Bréfritari: Gísli Ísleifsson
Viðtakandi: Einar Friðgeirsson
Dagsetning: A-1897-08-17
Skrifað á: Reykjavík  Gull.

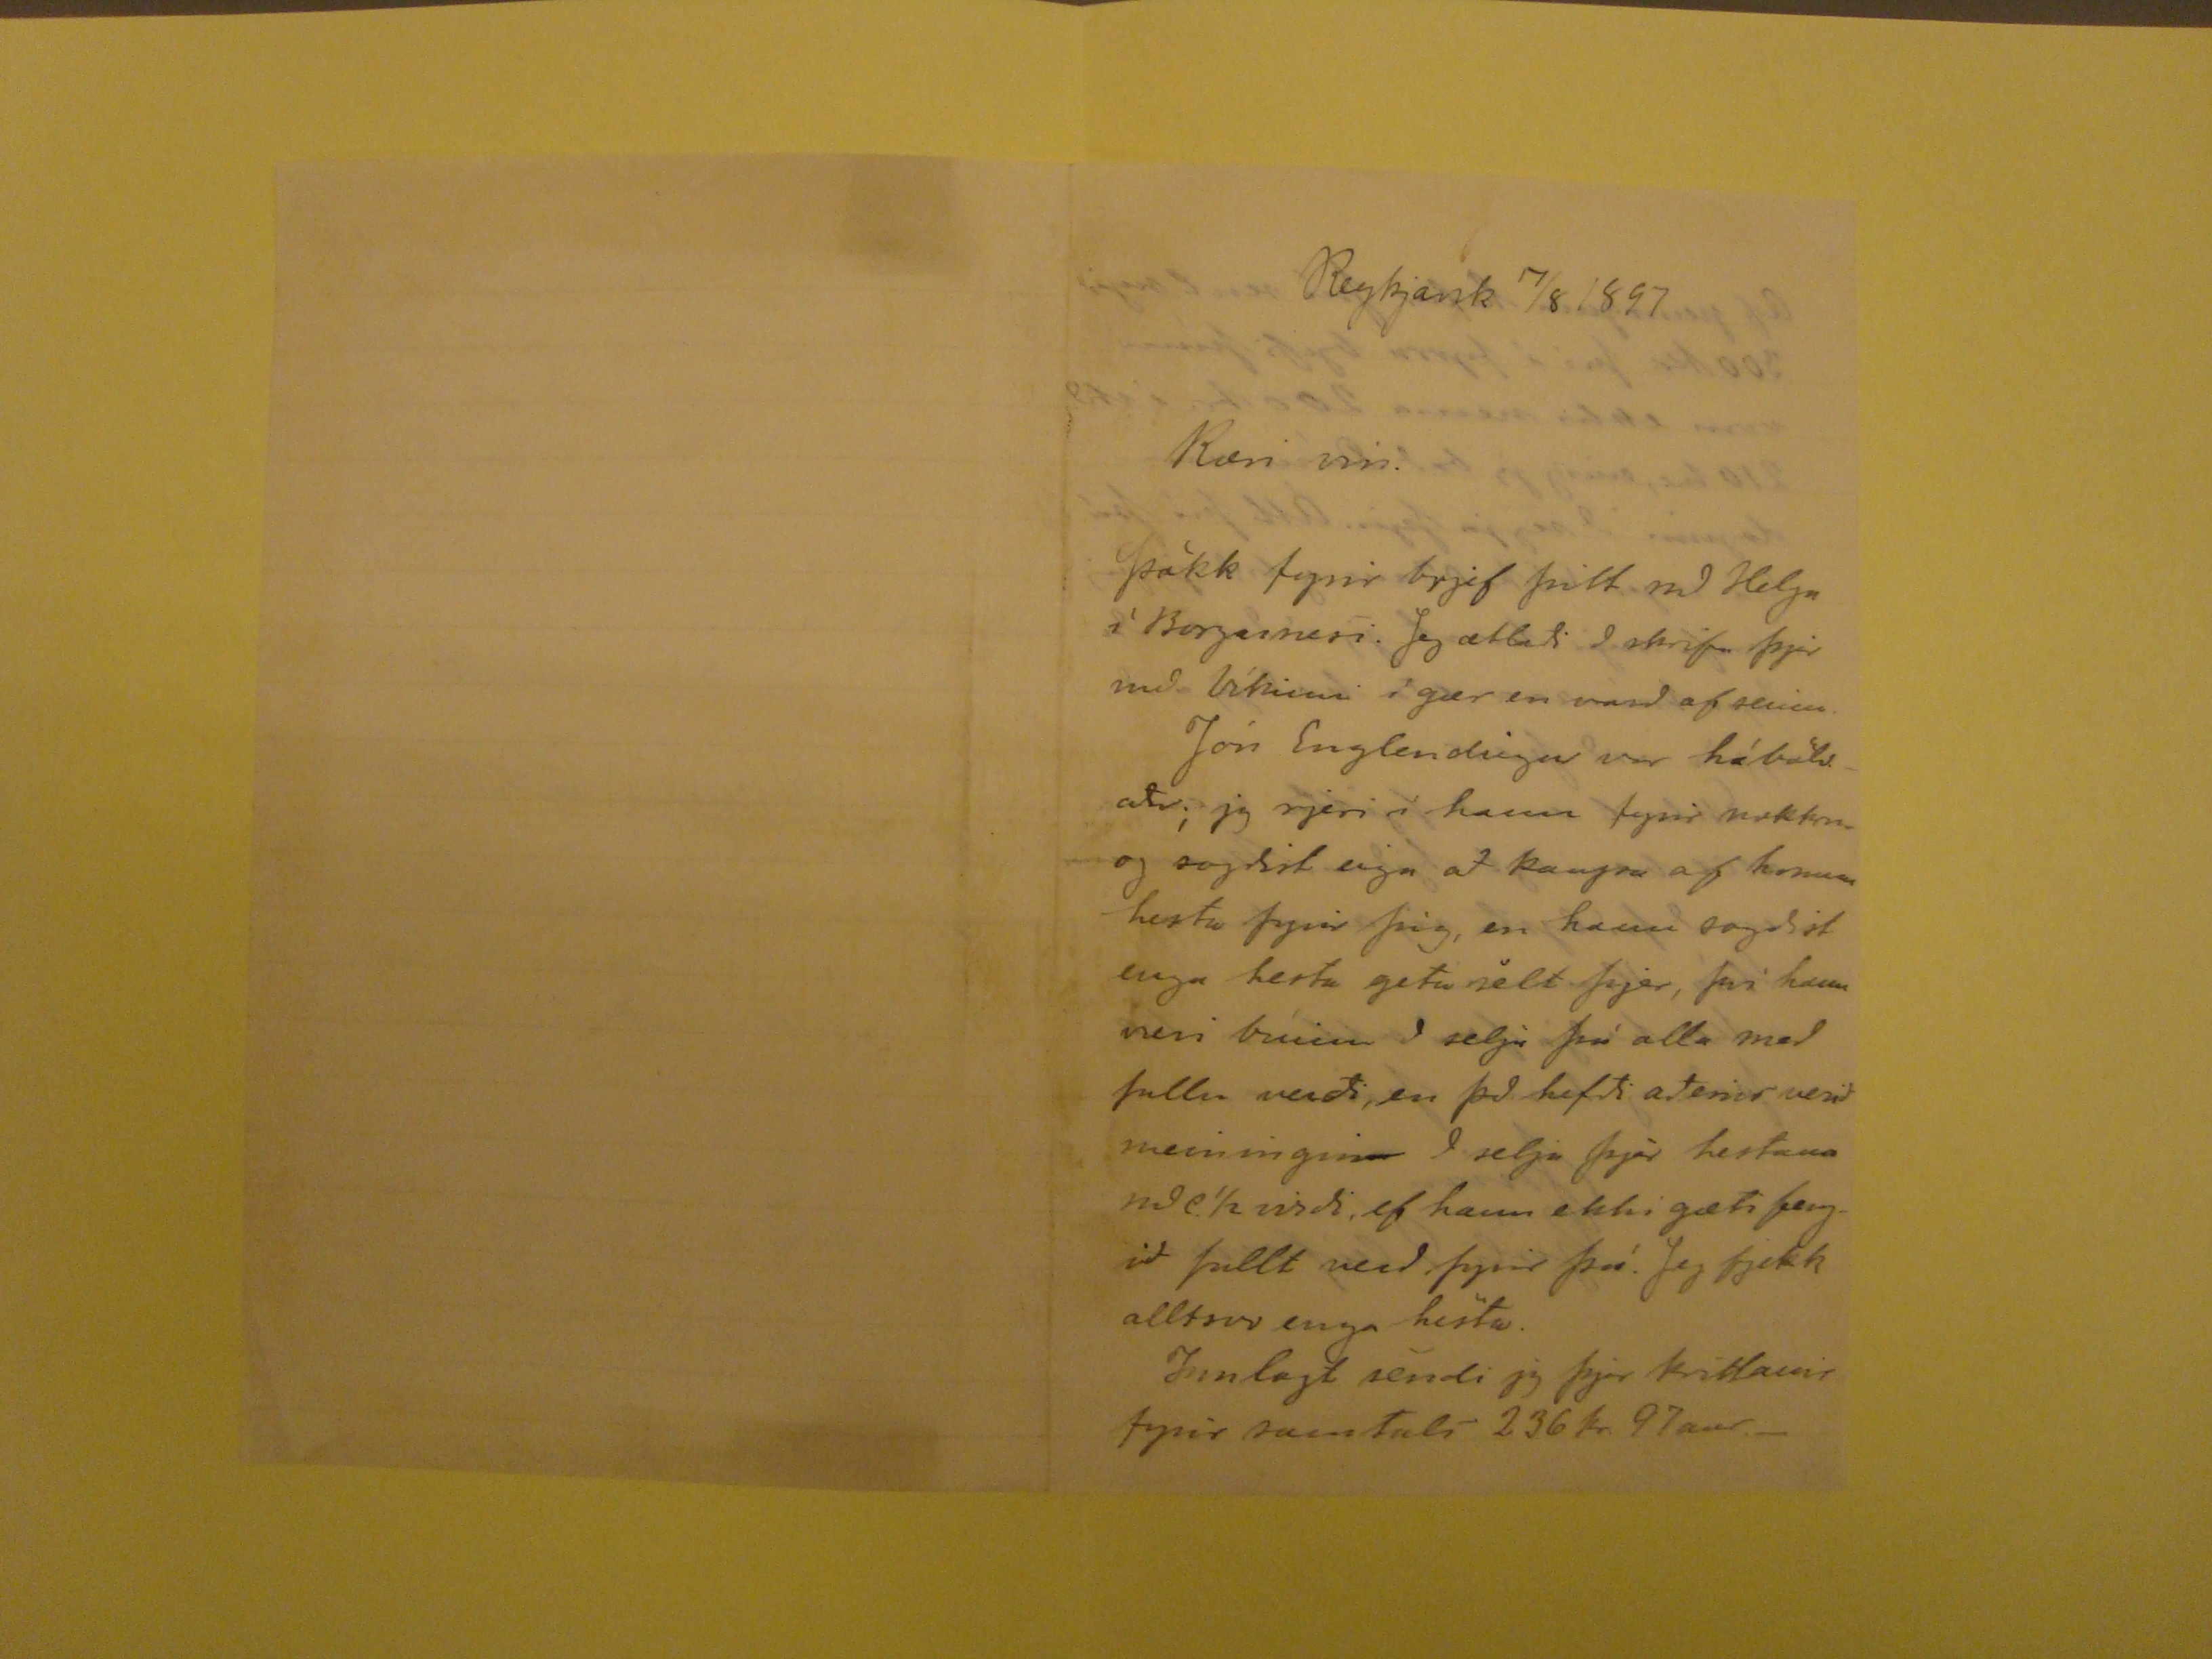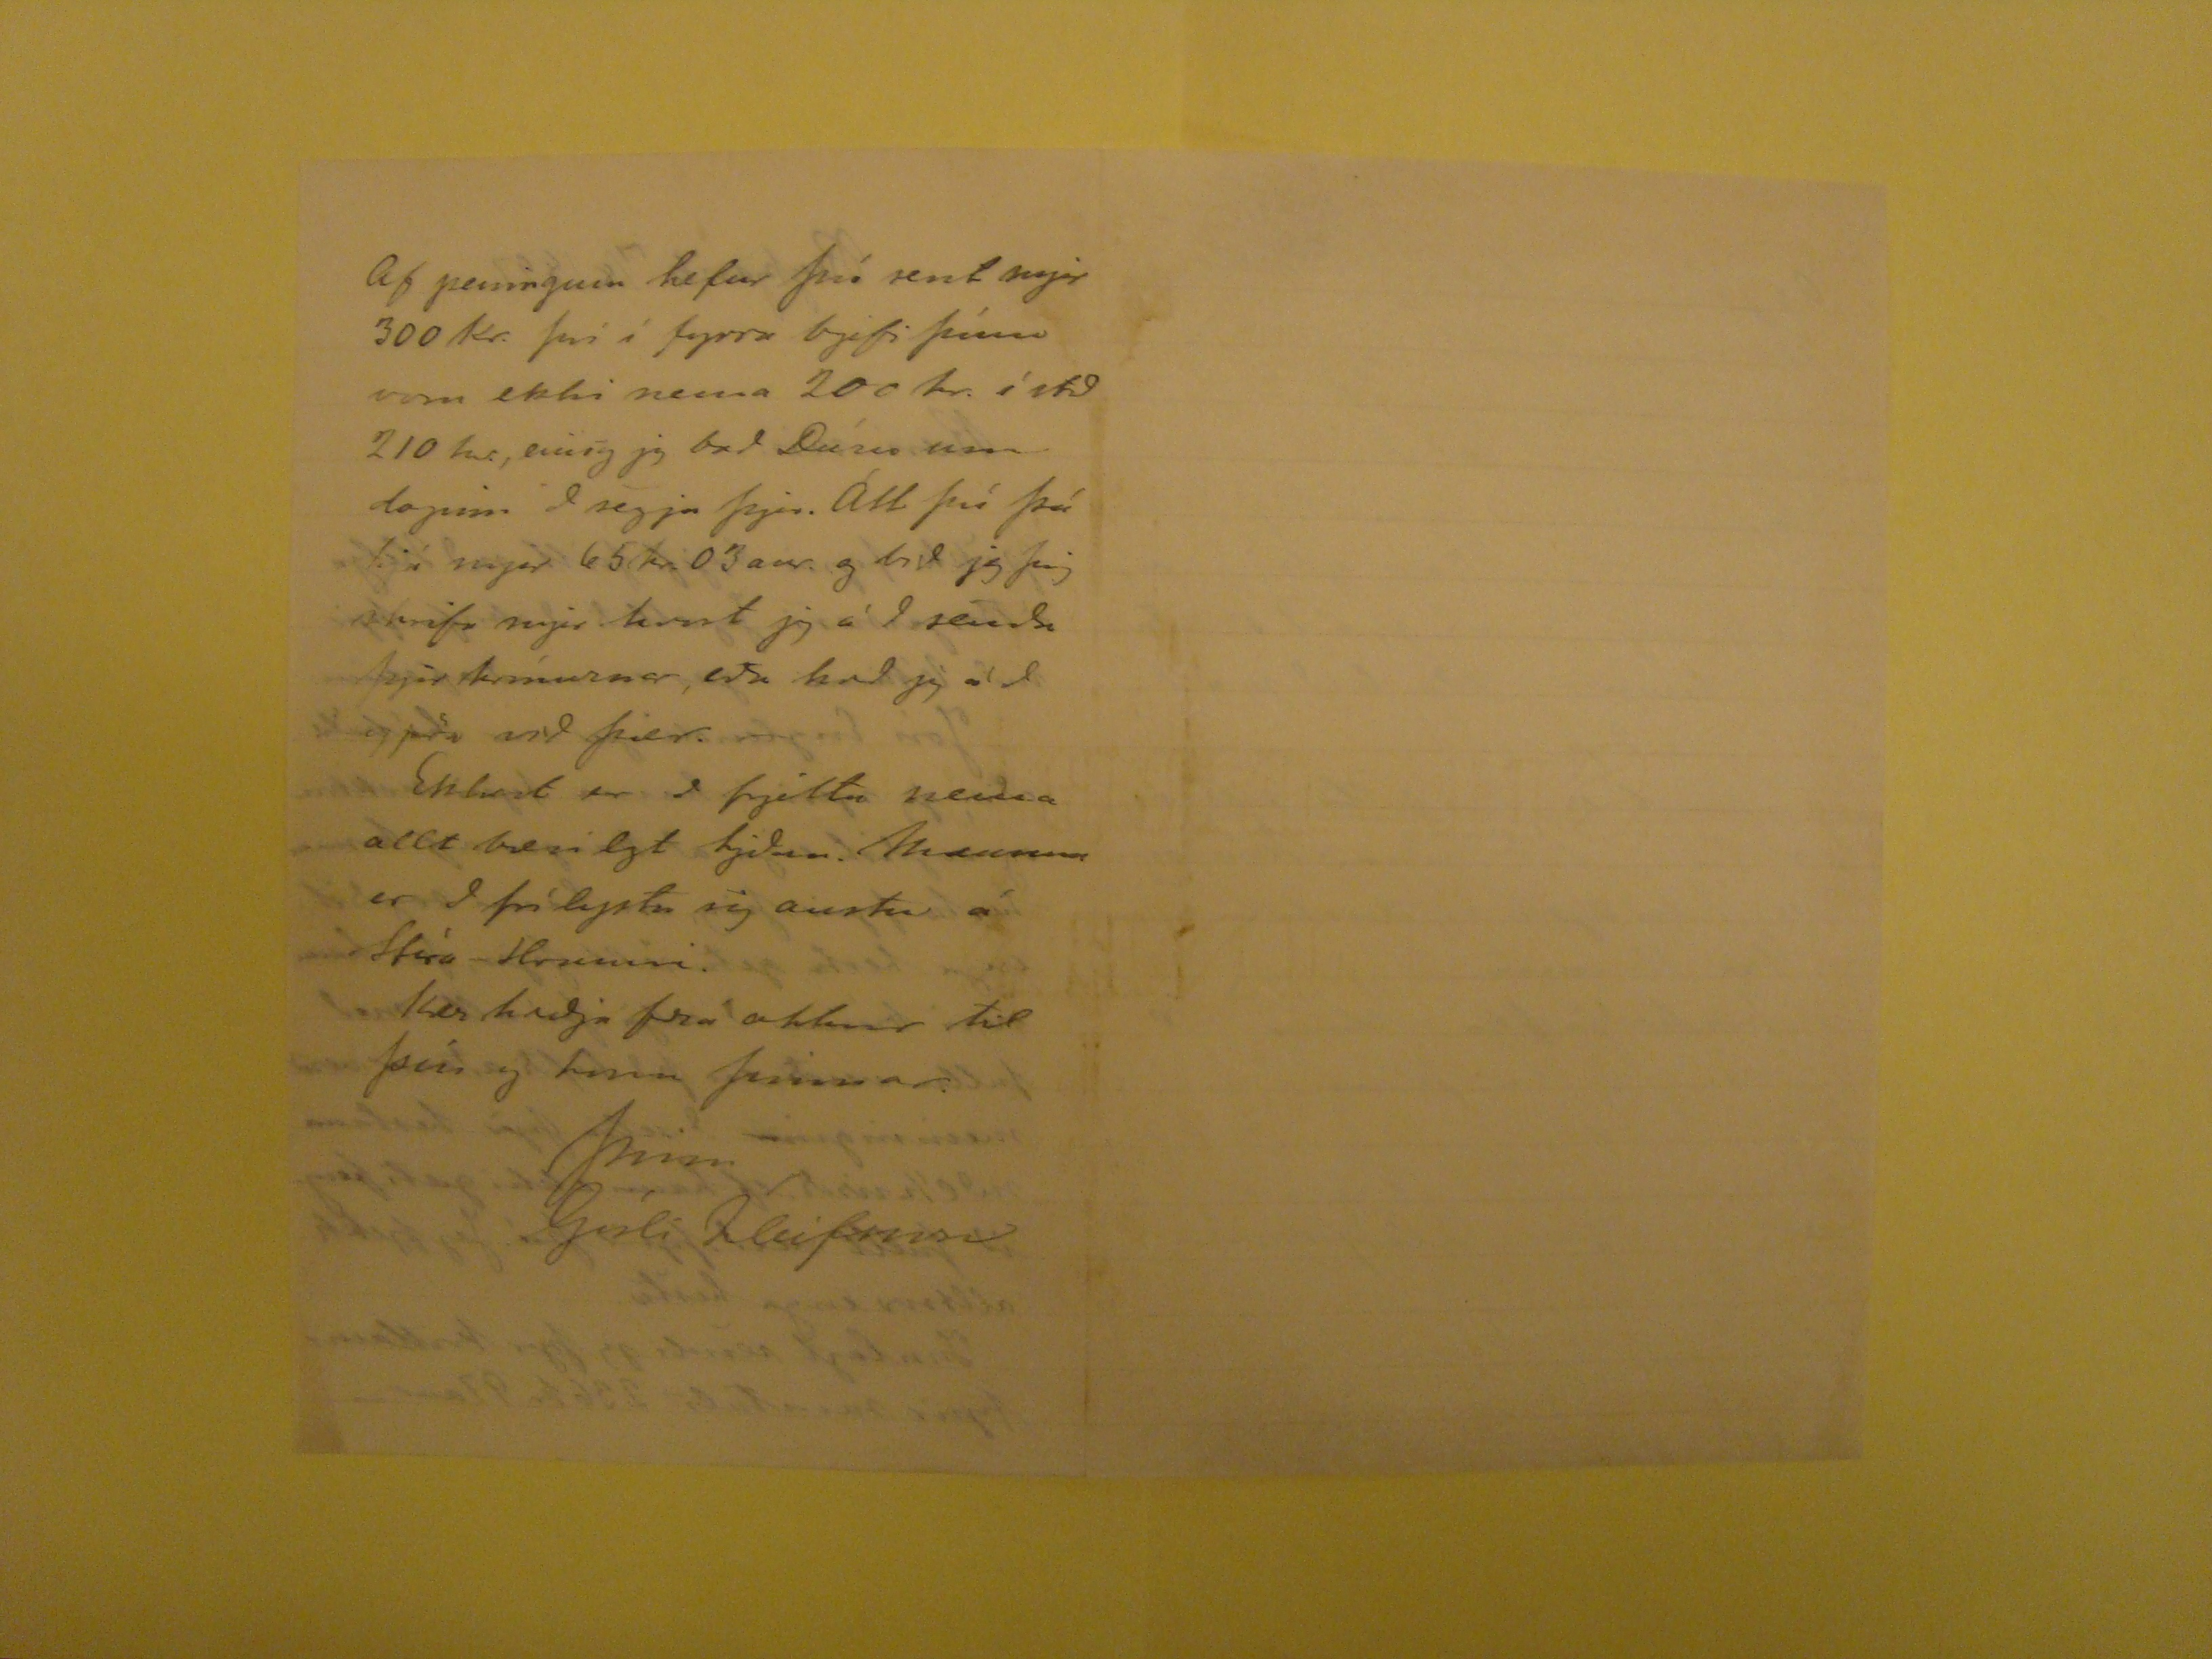

Reykjavik 17/8 1897
Kæri vin.
Þökk fyrir brjef þitt
nð
Helga í Borgarnesi. Jeg ætlaði að skrifa þjer með Víkinni í gær en varð of seinn. Jón Englendingur var hábölvaður;
jeg rjeri í hann fyrir nokkru og sogðist eiga að kaupa af honum hesta fyrir þig, en han sagðist eiga
hertu
getu selt þjer, því hann væri búinn að
selja þá alla með fullu verði, en það hefði aðeins verið meiningin
n
að selja þjer hestana
nð e.1/2 virði
, ef hann ekki gæti þeigið fullt verð fyrir þá. Jeg fjekk alltsvo einga hesta. Innlagt sendi jeg þjer kvittanir fyrir samtals - 236 kr. 97 aur.-
Af peningum hefur þú sent mjer 300 kr. því í fyrra brjefi þínu voru ekki nema 200 rk. í stað 210 kr., einig jeg bað
Dúna
um dagin að segja þjer.
Att því þú hjá mjer 65 kr. 03 aur. og bið jeg þig skrifa mjer kvort jeg á að senda þjer krónurnar eða hvað jeg á að gjöra við þær. Ekkert er að frjetta nema allt bærilegt
hjeðan.
???
er að því leystu sig austur á
Héra Honuni
. Kær kveðja frá okkur til þín og konu þinnar.
þinn
Gísli Ísleifsson